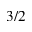
3 / 2